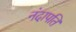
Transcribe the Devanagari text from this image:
नंदापति